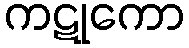
ကဋုကော